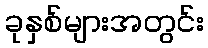
ခုနှစ်များအတွင်း